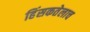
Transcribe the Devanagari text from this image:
हिंसकतेलाच